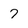
Character: 7